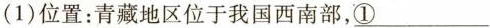
(1)位置：青藏地区位于我国西南部，①___